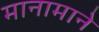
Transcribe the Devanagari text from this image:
मानामाने